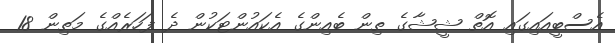
އެސްބީއައިގައި އޮތް ޝީޝާގެ ތިން ބެއިންގެ އެކައުންޓަކުން ދެ ފަހަރެއްގެ މަތިން 18